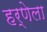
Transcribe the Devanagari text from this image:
हर्णेला